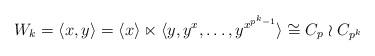
LaTeX: \begin{align*}W_k = \langle x,y \rangle = \langle x \rangle \ltimes \langle y, y^x,\ldots, y^{x^{p^k-1}} \rangle \cong C_p \mathrel{\wr} C_{p^k}\end{align*}